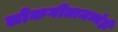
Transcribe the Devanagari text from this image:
लोकगीतामध्येही